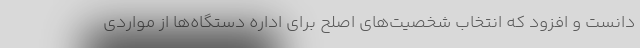
دانست و افزود که انتخاب شخصیت‌های اصلح برای اداره دستگاه‌ها از مواردی